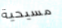
مسيحية